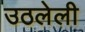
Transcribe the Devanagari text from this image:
उठलेली